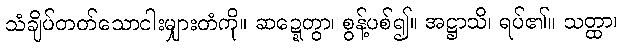
သံချိပ်တတ်သောငါးမျှားတံကို။ ဆဍ္ဍေတွာ၊ စွန့်ပစ်၍။ အဋ္ဌာသိ၊ ရပ်၏။ သတ္ထာ၊